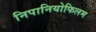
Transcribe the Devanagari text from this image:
निपानियोफिलम